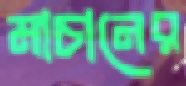
মাচানের